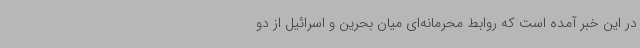
در این خبر آمده است که روابط محرمانه‌ای میان بحرین و اسرائیل از دو